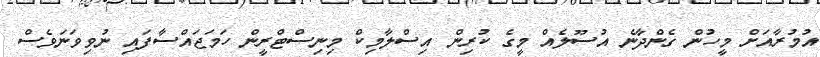
އުމުރާއަށް މީހުން ގެންދާނެ އުސޫލެއް މީގެ ކުރިން އިސްލާމިކް މިނިސްޓްރީން ހަމަޖައްސާފައި ނުވިވަނަވެސް